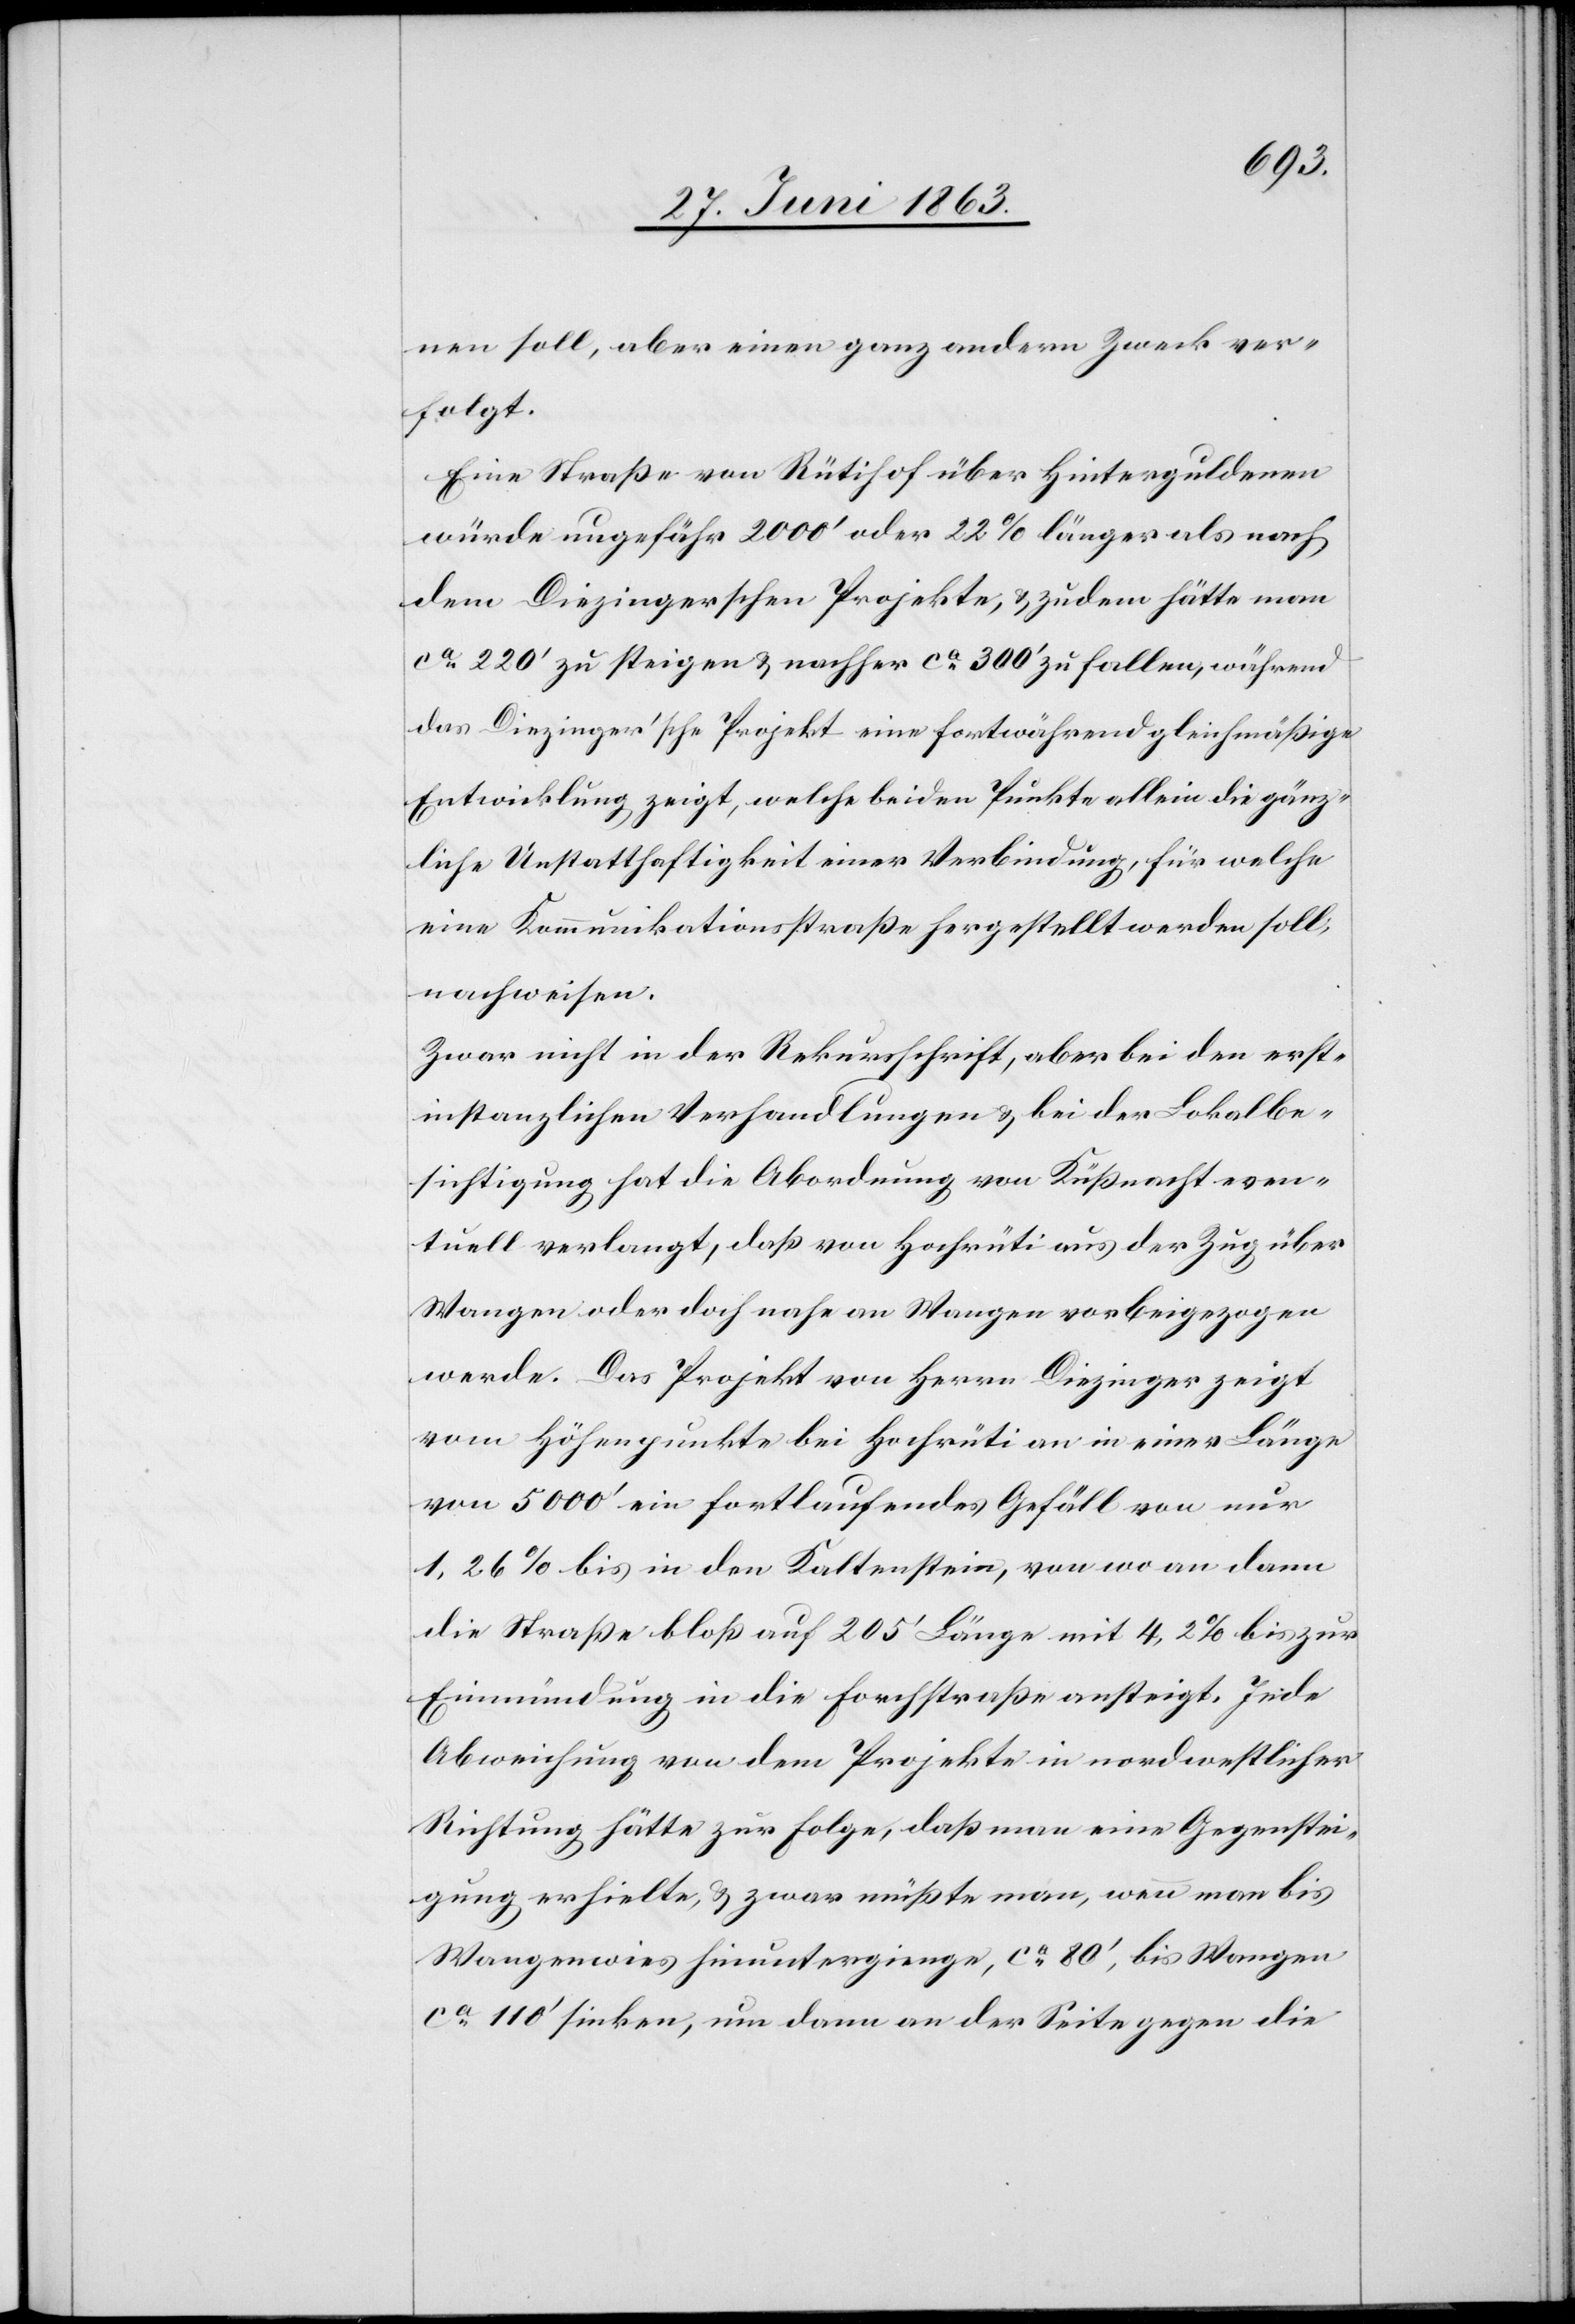
nen soll, aber einen ganz andern Zweck ver¬
folgt.
Eine Straße von Rütihof über Hinterguldenen
würde ungefähr 2000' oder 22% länger als nach
dem Diezingerschen Projekte, & zudem hätte man
ca 220' zu steigen & nachher ca 300' zu fallen, während
das Diezinger'sche Projekt eine fortwährend gleichmäßige
Entwicklung zeigt, welche beiden Punkte allein die gänz¬
liche Unstatthaftigkeit einer Verbindung, für welche
eine Kommunikationsstraße hergestellt werden soll,
nachweisen.
Zwar nicht in der Rekursschrift, aber bei den erst¬
instanzlichen Verhandlungen & bei der Lokalbe¬
sichtigung hat die Abordnung von Küßnacht even¬
tuell verlangt, daß von Hochrüti aus der Zug über
Wangen oder doch nahe an Wangen vorbeigezogen
werde. Das Projekt von Herrn Diezinger zeigt
vom Höhenpunkte bei Hochrüti an in einer Länge
von 5000' ein fortlaufendes Gefäll von nur
1,26% bis in den Kaltenstein, von wo an dann
die Straße bloß auf 205' Länge mit 4,2% bis zur
Einmündung in die Forchstraße ansteigt. Jede
Abweichung von dem Projekte in nordwestlicher
Richtung hätte zur Folge, daß man eine Gegenstei¬
gung erhielte, & zwar müßte man, wenn man bis
Wangenwies hinuntergienge, ca 80', bis Wangen
ca 110' sinken, um dann an der Seite gegen die